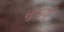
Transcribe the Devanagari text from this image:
लुबार्दा